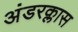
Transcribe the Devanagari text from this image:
अंडरक्लास